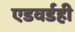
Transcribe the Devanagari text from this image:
एडवर्डही